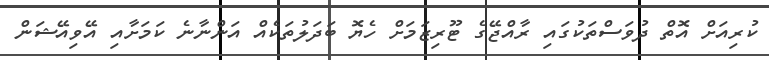
ކުރިއަށް އޮތް ދުވަސްތަކުގައި ރާއްޖޭގެ ޓޫރިޒަމަށް ހެޔޮ ބަދަލުތަކެއް އަންނާނެ ކަމަށާއި އޭވިއޭޝަން